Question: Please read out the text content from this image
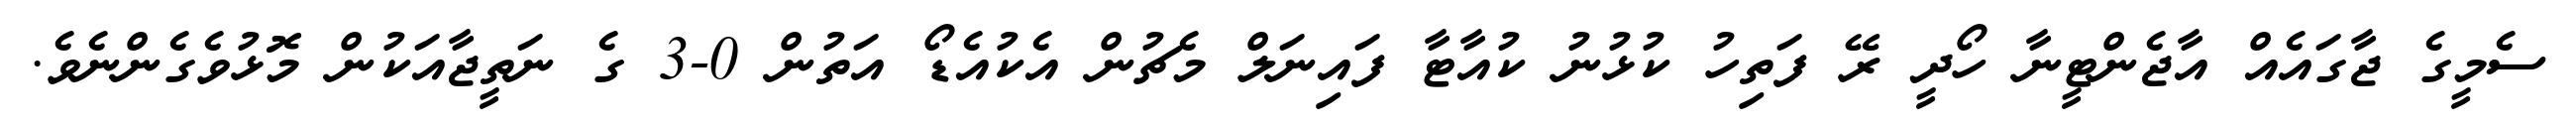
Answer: ސެމީގެ ޖާގައެއް އާޖެންޓީނާ ހޯދީ ރޭ ފަތިހު ކުޅުނު ކުއާޓާ ފައިނަލް މެޗުން އެކުއެޑޯ އަތުން 0-3 ގެ ނަތީޖާއަކުން މޮޅުވެގެންނެވެ.